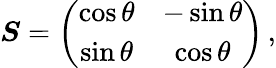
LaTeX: \begin{array}{r}{\boldsymbol{S}=\left(\begin{array}{cc}{\cos\theta}&{-\sin\theta}\\ {\sin\theta}&{\cos\theta}\end{array}\right)\, ,}\end{array}